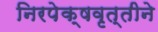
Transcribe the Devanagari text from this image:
निरपेक्षवृत्तीने